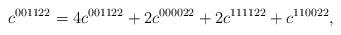
LaTeX: \begin{align*}c^{001122}=4c^{001122}+2c^{000022}+2c^{111122}+c^{110022},\end{align*}